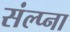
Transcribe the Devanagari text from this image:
संल्प्ना